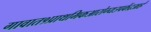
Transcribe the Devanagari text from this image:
गावात१प्राथमिकआरोग्यउपकेंद्रआहे